Insane asylums Bombay 1873-77 - 1873-1877
Year: 1873
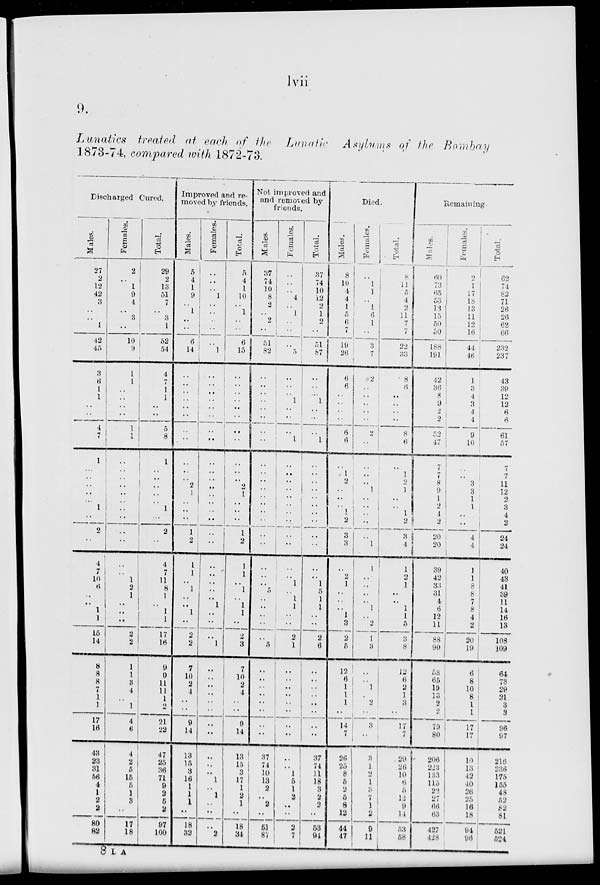
lvii
9.
Lunatics
treated at each of the Linatic Asylums of the Bombay
1873-74, compared with 1872-73.
Discharged Cured.
Males.
27
2
12
42
3
..
..
1
42
45
3
6
1
1
..
..
4
7
1
..
..
..
..
..
1
..
2
..
4
7
10
6
..
..
1
1
15
14
8
8
8
7
1
1
17
16
43
23
31
56
4
1
2
2
80
82
Females.
2
..
1
9
4
..
3
..
10
9
1
1
..
i
..
..
1
1
..
..
.. ..
..
..
..
..
..
..
..
..
1
2
1
..
..
..
2
2
1
1
3
4
..
1
4
6
4
2
5
15
5
1
3
..
17
18
Total.
29
2
13
51
7
..
3
1
52
54
4
7
1
1
..
..
5
8
1
..
..
..
..
..
1
...
2
..
4
7
11
8
1
..
1
1
17
16
9
9
11
11
1
2
21
22
47
25
36
71
9
2
5
2
97
100
Improved and re-
moved by friends.
Males.
5
4
1
9
..
1
..
..
6
14
..
..
..
..
..
..
..
..
..
..
..
2
1
..
..
..
1
2
1
1
..
1
..
..
1
..
2
2
7
10
2
4
..
..
9
14
13
15
3
16
1
1
1
..
18
32
Females.
..
..
..
1
..
..
..
..
..
1
..
..
..
..
..
..
..
..
..
..
..
..
..
..
..
..
..
..
..
..
..
..
..
1
..
..
..
1
..
..
..
..
..
..
..
..
..
..
..
1
..
1
..
..
..
2
Total.
5
4
1
10
..
1
..
..
6
15
..
..
..
..
..
..
..
..
..
..
..
2
1
..
..
..
1
2
1
1
..
1
..
1
1
..
2
3
7
10
2
4
..
..
9
14
.. 15
3
17
1
2
1
..
18
34
Not improved and
and removed by
friends.
Males.
37
74
10
8
2
..
2
..
51
82
..
..
..
..
..
..
..
..
..
..
..
..
..
..
..
..
..
..
..
..
..
5
..
..
..
..
..
5
..
..
..
..
..
..
..
..
37
74
10
13
2
..
2
..
51
87
Females.
..
..
..
4
..
1
..
..
..
5
..
..
..
1
..
..
..
1
..
..
..
..
..
..
..
..
..
..
..
..
1
..
1
1
..
..
2
1
..
..
..
..
..
..
..
..
..
..
1
5
1
2
..
..
2
7
Total.
37
74
10
12
2
1
2
..
51
87
..
..
...
1
..
...
..
1
..
..
..
..
..
..
..
..
..
..
..
..
1
5
1
1
..
..
2
6
..
..
..
..
..
..
..
..
37
74
11
18
3
2
2
..
53
94
Died.
Males.
8
10
4
4
1
5
6
7
19
26
6
6
..
..
..
..
6
6
..
..
2
..
..
..
1
2
3
3
..
2
1
..
..
..
1
3
2
5
12
6
1
1
1
..
14
7
26
25
8
5
2
5
8
12
44
47
Females.
..
1
1
..
1
6
1
..
3
7
2
..
..
..
..
..
2
..
..
..
..
1
..
..
..
..
..
1
1
..
..
..
..
1
..
2
1
3
..
..
1
..
2
..
3
..
3
1
2
1
3
7
1
2
9
11
Total.
8
11
5
4
2
11
7
7
22
33
8
6
..
..
..
..
8
6
..
1
2
1
..
..
11
2
3
4
1
2
1
..
..
1
1
5
3
8
12
6
2
1
3
..
17
7
29
26
10
6
5
12
9
14
53
58
Remaining.
Males.
60
73
65
53
13
15
50
50
188
191
42
36
8
9
2
2
52
47
7
7
8
9
1
2
4
2
20
20
39
42
33
31
4
6
12
11
88
90
58
65
19
13
2
2
79
80
206
223
133
115
22
27
66
63
427
428
Females.
2
1
17
18
13
11
12
16
44
46
1
3
4
3
4
4
9
10
..
..
3
3
1
1
..
..
4
4
1
1
8
8
7
8
4
2
20
19
6
8
10
8
1
1
17
17
10
13
42
40
26
25
16
18
94
96
Total.
62
74
82
71
26
26
62
66
232
237
43
39
12
12
6
6
61
57
7
7
11
12
2
3
4
2
24
24
40
43
41
39
11
14
16
13
108
109
64
73
29
21
3
3
96
97
216
236
175
155
48
52
82
81
521
524
8 L A